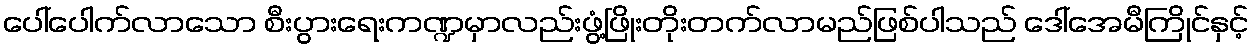
ပေါ်ပေါက်လာသော စီးပွားရေးကဏ္ဍမှာလည်းဖွံ့ဖြိုးတိုးတက်လာမည်ဖြစ်ပါသည် ဒေါ်အေမီကြိုင်နှင့်